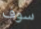
سوف